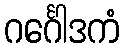
ဂင်္ဂေါဒကံ